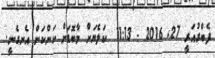
ފެބްރުއަރީ 27